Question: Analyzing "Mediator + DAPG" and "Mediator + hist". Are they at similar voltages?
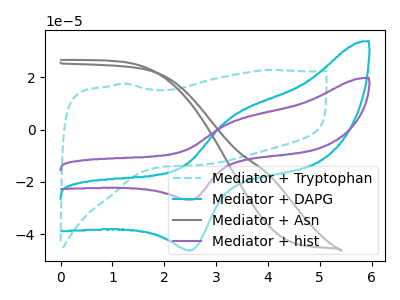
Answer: <think>The cyan dashed curve "Mediator + Tryptophan" has no peaks. The cyan curve "Mediator + DAPG" has an anodic peak at (3.30V, 4.80uA) and a cathodic peak at (2.55V, -46.10uA). The gray curve "Mediator + Asn" has no peaks. The purple curve "Mediator + hist" has an anodic peak at (3.30V, 2.80uA) and a cathodic peak at (2.55V, -26.95uA).
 All the peaks in "Mediator + DAPG" have a peak in "Mediator + hist" at the same potential. Every peak in "Mediator + DAPG" is higher than every peak in "Mediator + hist".</think>
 <answer>"Mediator + DAPG" and "Mediator + hist" are similar in shape.</answer>
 <eval>same_shape</eval>